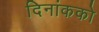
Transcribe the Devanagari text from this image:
दिनांकको